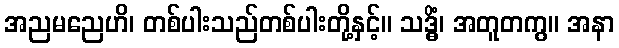
အညမညေဟိ၊ တစ်ပါးသည်တစ်ပါးတို့နှင့်။ သဒ္ဓိံ၊ အတူတကွ။ အနာ